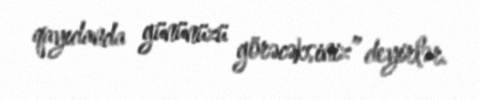
qayıdanda gününüzü görəcəksiniz” deyirlər.